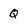
Character: Q